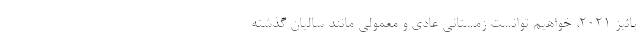
پائیز ۲۰۲۱، خواهیم توانست زمستانی عادی و معمولی مانند سالیان گذشته